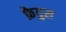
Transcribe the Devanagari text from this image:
फ़ेद्रुस